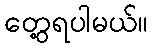
တွေ့ရပါမယ်။